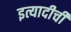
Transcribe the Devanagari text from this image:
इत्यादीची